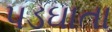
પડઘાતા